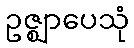
ဥဇ္ဈာပေသုံ